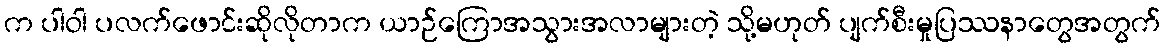
က ပါဝါ ပလက်ဖောင်းဆိုလိုတာက ယာဉ်ကြောအသွားအလာများတဲ့ သို့မဟုတ် ပျက်စီးမှုပြဿနာတွေအတွက်